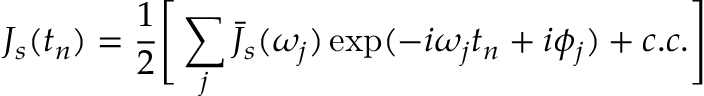
J _ { s } ( t _ { n } ) = \frac { 1 } { 2 } \Bigg [ \sum _ { j } \bar { J } _ { s } ( \omega _ { j } ) \exp ( - i \omega _ { j } t _ { n } + i \phi _ { j } ) + c . c . \Bigg ]